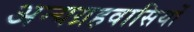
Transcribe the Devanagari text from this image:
अन्यग्रहवासियों